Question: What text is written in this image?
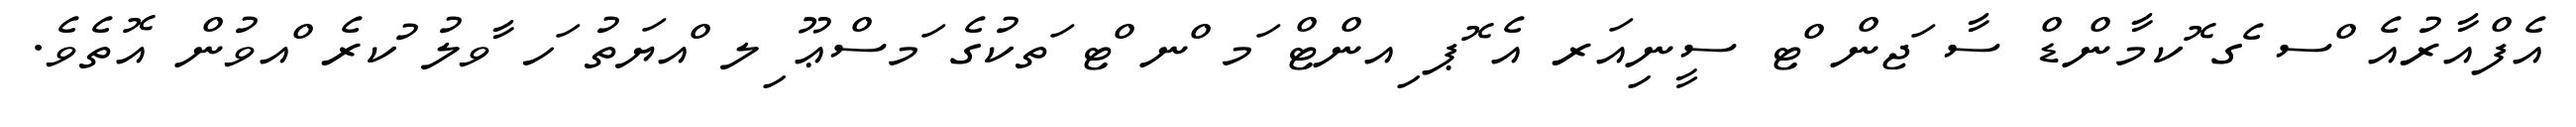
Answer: އެފްއާރުއެ ްސ ެގ ޮކމާންޑް ސާ ަޖން ްޓ ސީނިއަރ އެ ޮޕ ިއންޓް ަމ ްނ ްޓ ަތކުގެ ަމސްޢޫ ިލ ްއޔަތު ަހ ާވލު ުކރެ ްއވުން އޮތެވެ.